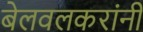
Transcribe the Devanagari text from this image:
बेलवलकरांनी